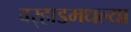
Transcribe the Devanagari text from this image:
वर्‍हाडमधल्या